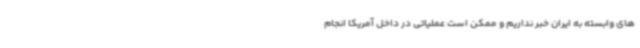
های وابسته به ایران خبر نداریم و ممکن است عملیاتی در داخل آمریکا انجام